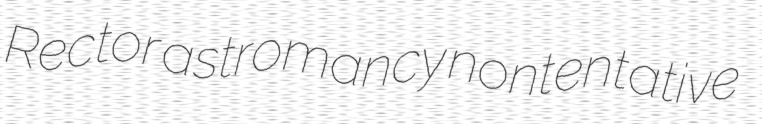
Rector astromancy nontentative